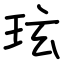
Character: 玹